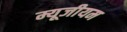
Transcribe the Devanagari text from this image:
म्यूजीयम